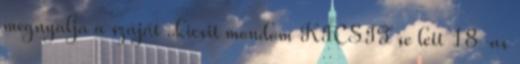
megnyalja a száját ..kicsit mondom KICSIT se lett 18-as